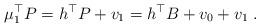
LaTeX: \begin{align*}\mu_1^\top P = h^\top P + v_1 = h^\top B + v_0 + v_1 \; .\end{align*}